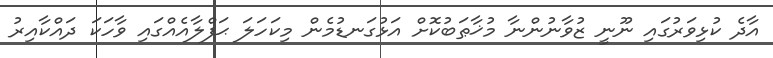
އާދެ ކުޅިވަރުގައި ނޫނީ ޒުވާނުންނާ މުޚާޠަބުކޮށް އަޅުގަނޑުމެން މިކަހަލަ ޙަފްލާއެއްގައި ވާހަކަ ދައްކާއިރު